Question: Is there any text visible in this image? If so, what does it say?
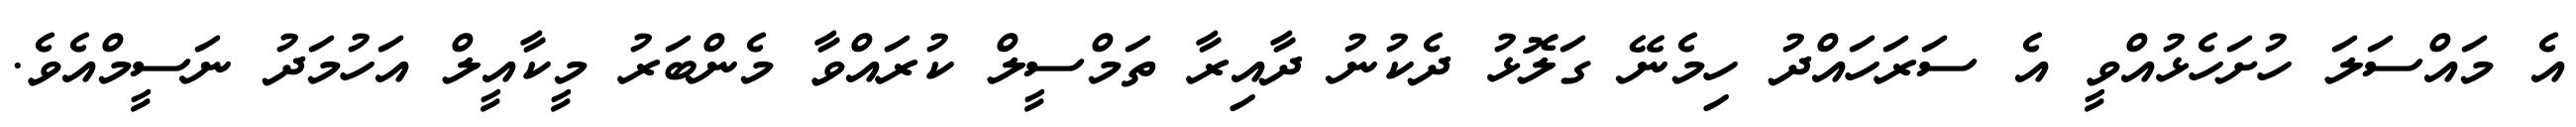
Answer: އެ މައްސަލަ ހުށަހެޅުއްވީ އެ ސަރަހައްދު ހިމެނޭ ގަލޮޅު ދެކުނު ދާއިރާ ތަމްސީލް ކުރައްވާ މެންބަރު މީކާއީލް އަހުމަދު ނަސީމްއެވެ.